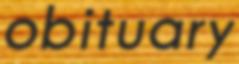
obituary